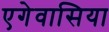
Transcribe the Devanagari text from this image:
एगेवासिया